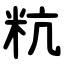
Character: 粇